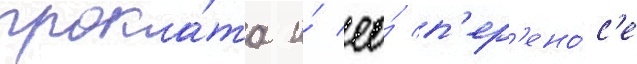
прока́та и́ ео́ п'ер'ено́с'е